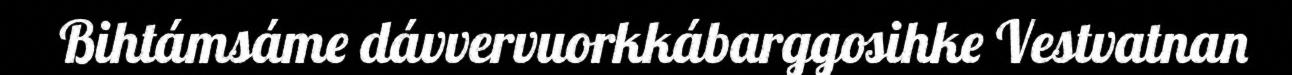
Bihtámsáme dávvervuorkkábarggosihke Vestvatnan